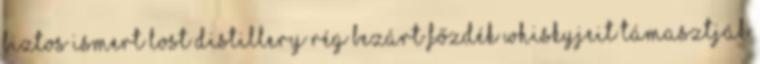
biztos ismert Lost Distillery rég bezárt főzdék whiskyjeit támasztják